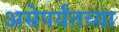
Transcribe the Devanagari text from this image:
असेपर्यंतच्या